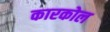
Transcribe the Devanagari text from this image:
कारकोल